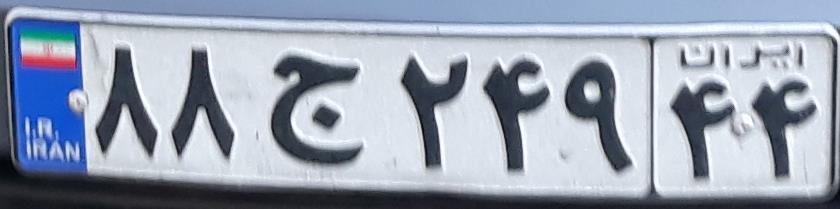
۸۸ج۲۴۹۴۴